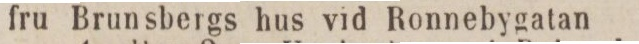
fru Brunsbergs hus vid Ronnebygatan